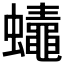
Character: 𲀒